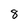
Character: 8